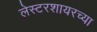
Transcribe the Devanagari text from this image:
लेस्टरशायरच्या